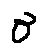
\sigma